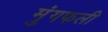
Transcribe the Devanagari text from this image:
मुंगफली